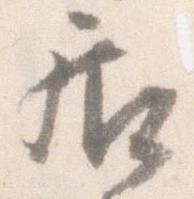
居